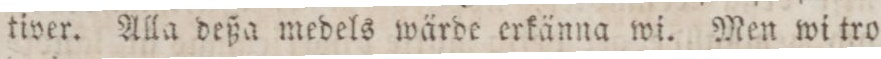
tiver. Alla deßa medels wärde erkänna wi. Men wi tro